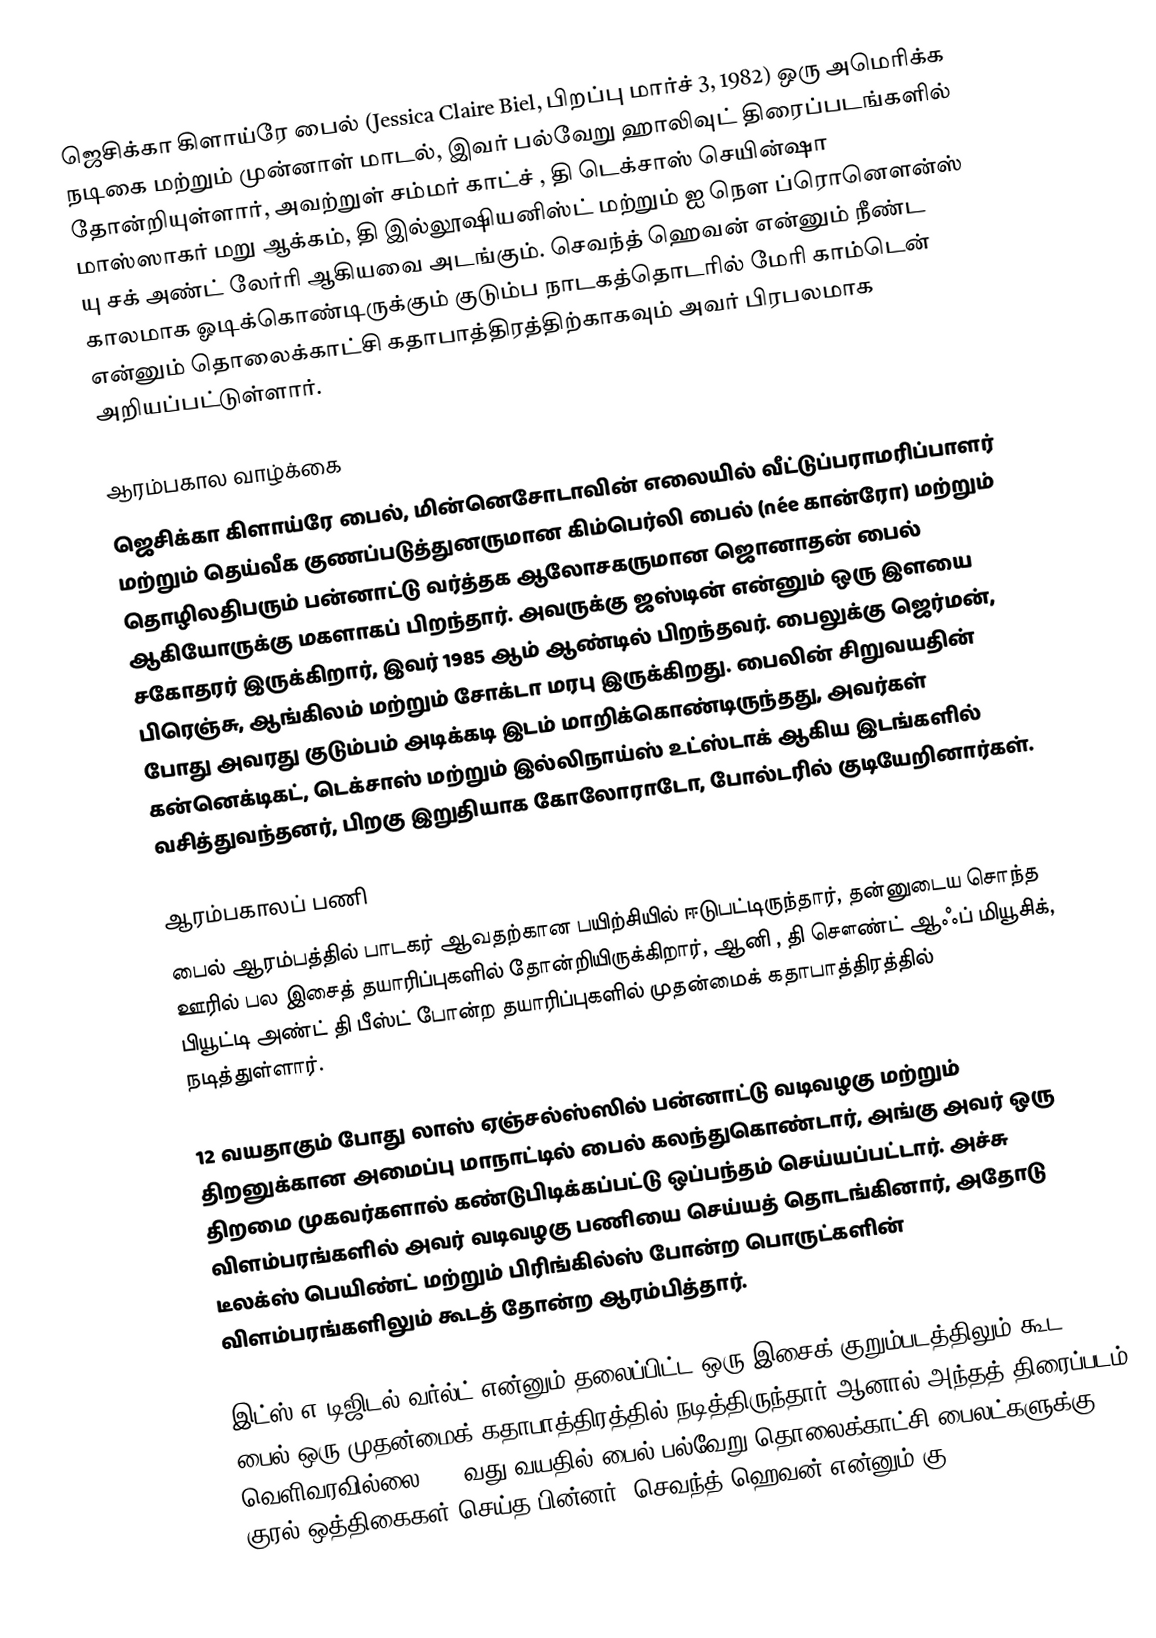
ஜெசிக்கா கிளாய்ரே பைல் (Jessica Claire Biel, பிறப்பு மார்ச் 3, 1982) ஒரு அமெரிக்க நடிகை மற்றும் முன்னாள் மாடல், இவர் பல்வேறு ஹாலிவுட் திரைப்படங்களில் தோன்றியுள்ளார், அவற்றுள் சம்மர் காட்ச் , தி டெக்சாஸ் செயின்ஷா மாஸ்ஸாகர் மறு ஆக்கம், தி இல்லூஷியனிஸ்ட் மற்றும் ஐ நௌ ப்ரொனௌன்ஸ் யு சக் அண்ட் லேர்ரி ஆகியவை அடங்கும். செவந்த் ஹெவன் என்னும் நீண்ட காலமாக ஓடிக்கொண்டிருக்கும் குடும்ப நாடகத்தொடரில் மேரி காம்டென் என்னும் தொலைக்காட்சி கதாபாத்திரத்திற்காகவும் அவர் பிரபலமாக அறியப்பட்டுள்ளார்.

ஆரம்பகால வாழ்க்கை
ஜெசிக்கா கிளாய்ரே பைல், மின்னெசோடாவின் எலையில் வீட்டுப்பராமரிப்பாளர் மற்றும் தெய்வீக குணப்படுத்துனருமான கிம்பெர்லி பைல் (née கான்ரோ) மற்றும் தொழிலதிபரும் பன்னாட்டு வர்த்தக ஆலோசகருமான ஜொனாதன் பைல் ஆகியோருக்கு மகளாகப் பிறந்தார். அவருக்கு ஜஸ்டின் என்னும் ஒரு இளயை சகோதரர் இருக்கிறார், இவர் 1985 ஆம் ஆண்டில் பிறந்தவர். பைலுக்கு ஜெர்மன், பிரெஞ்சு, ஆங்கிலம் மற்றும் சோக்டா மரபு இருக்கிறது. பைலின் சிறுவயதின் போது அவரது குடும்பம் அடிக்கடி இடம் மாறிக்கொண்டிருந்தது, அவர்கள் கன்னெக்டிகட், டெக்சாஸ் மற்றும் இல்லிநாய்ஸ் உட்ஸ்டாக் ஆகிய இடங்களில் வசித்துவந்தனர், பிறகு இறுதியாக கோலோராடோ, போல்டரில் குடியேறினார்கள்.

ஆரம்பகாலப் பணி
பைல் ஆரம்பத்தில் பாடகர் ஆவதற்கான பயிற்சியில் ஈடுபட்டிருந்தார், தன்னுடைய சொந்த ஊரில் பல இசைத் தயாரிப்புகளில் தோன்றியிருக்கிறார், ஆனி , தி சௌண்ட் ஆஃப் மியூசிக், பியூட்டி அண்ட் தி பீஸ்ட் போன்ற தயாரிப்புகளில் முதன்மைக் கதாபாத்திரத்தில் நடித்துள்ளார்.

12 வயதாகும் போது லாஸ் ஏஞ்சல்ஸ்ஸில் பன்னாட்டு வடிவழகு மற்றும் திறனுக்கான அமைப்பு மாநாட்டில் பைல் கலந்துகொண்டார், அங்கு அவர் ஒரு திறமை முகவர்களால் கண்டுபிடிக்கப்பட்டு ஒப்பந்தம் செய்யப்பட்டார். அச்சு விளம்பரங்களில் அவர் வடிவழகு பணியை செய்யத் தொடங்கினார், அதோடு டீலக்ஸ் பெயிண்ட் மற்றும் பிரிங்கில்ஸ் போன்ற பொருட்களின் விளம்பரங்களிலும் கூடத் தோன்ற ஆரம்பித்தார்.

இட்ஸ் எ டிஜிடல் வர்ல்ட் என்னும் தலைப்பிட்ட ஒரு இசைக் குறும்படத்திலும் கூட பைல் ஒரு முதன்மைக் கதாபாத்திரத்தில் நடித்திருந்தார் ஆனால் அந்தத் திரைப்படம் வெளிவரவில்லை. 14 வது வயதில் பைல் பல்வேறு தொலைக்காட்சி பைலட்களுக்கு குரல் ஒத்திகைகள் செய்த பின்னர், செவந்த் ஹெவன் என்னும் கு